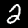
Label: 2